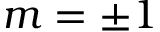
m = \pm 1